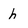
Character: h